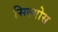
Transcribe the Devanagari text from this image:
सिल्गोस